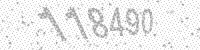
Solution: 118490